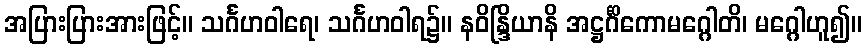
အပြားပြားအားဖြင့်။ သင်္ဂဟဝါရေ၊ သင်္ဂဟဝါရ၌။ နဝိန္ဒြိယာနိ အဋ္ဌင်္ဂိကောမဂ္ဂေါတိ၊ မဂ္ဂေါဟူ၍။